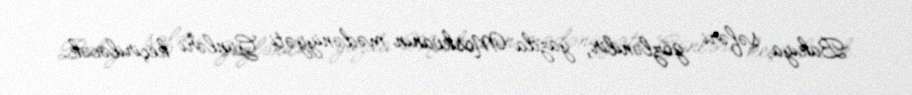
Bakıya səfəri gözlənilir, yazda Moskvanın mədəniyyəti Günləri keçiriləcək.